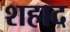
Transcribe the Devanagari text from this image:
शहाद